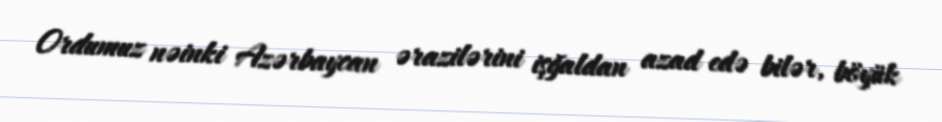
Ordumuz nəinki Azərbaycan ərazilərini işğaldan azad edə bilər, böyük